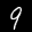
Label: 9